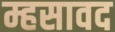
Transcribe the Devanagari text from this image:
म्हसावद